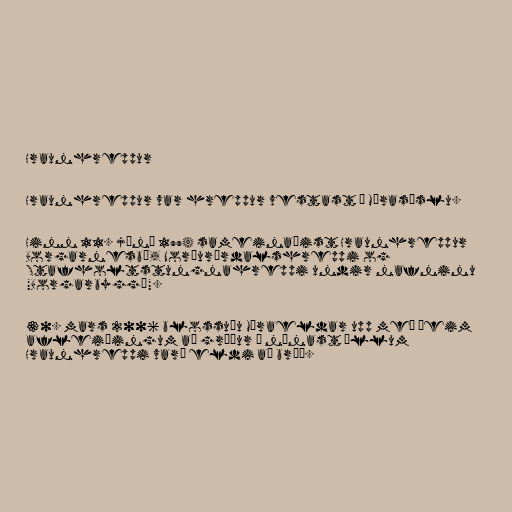
Hraunhreppur

Hraunhreppur var hreppur vestast í Mýrasýslu.

Hinn 11. júní 1994 sameinaðist Hraunhreppur
Borgarnesbæ, Norðurárdalshreppi og
Stafholtstungnahreppi undir nafninu
"Borgarbyggð".

30. mars 2006 blossuðu Mýraeldar upp með þeim
afleiðingum að gróður í nánast öllum
Hraunhreppi varð eldi að bráð.